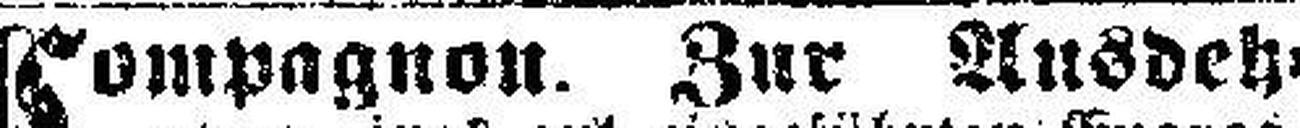
Compagnon. Zur Ausdeh¬